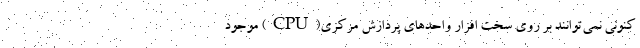
کنونی نمی‌توانند بر روی سخت افزار واحدهای پردازش مرکزی(CPU) موجود